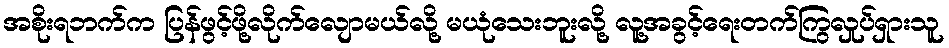
အစိုးရဘက်က ပြန်ဖွင့်ဖို့လိုက်လျောမယ်လို့ မယုံသေးဘူးလို့ လူ့အခွင့်ရေးတက်ကြွလှုပ်ရှားသူ